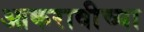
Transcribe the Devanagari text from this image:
आकरावीच्या